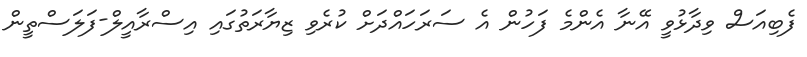
ފެބިއަސް ވިދާޅުވީ އޭނާ އެންމެ ފަހުން އެ ސަރަހައްދަށް ކުރެވި ޒިޔާރަތުގައި އިސްރާއީލް-ފަލަސްތީން